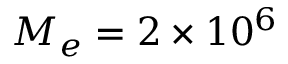
M _ { e } = 2 \times 1 0 ^ { 6 }